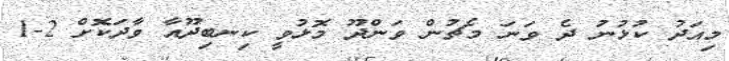
މިއަދު ކުޅުނު ދެ ވަނަ މެޗުން ވަންދޫ މޮޅުވީ ކިނބިދޫއާ ވާދަކޮށް 2-1